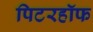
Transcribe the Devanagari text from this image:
पिटरहॉफ